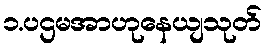
၁.ပဌမအာဟုနေယျသုတ်